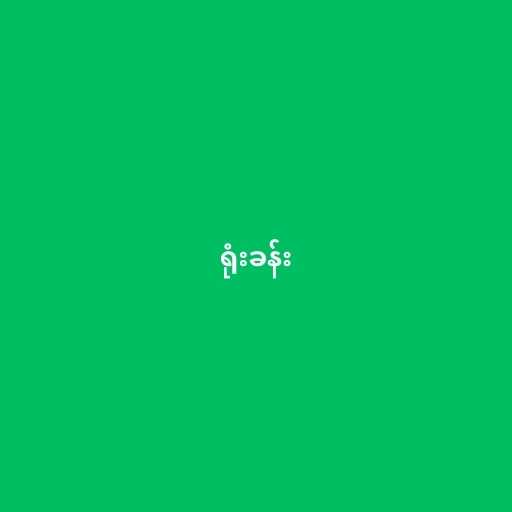
ရုံးခန်း